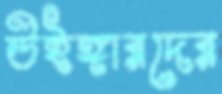
উইঙ্গারদের